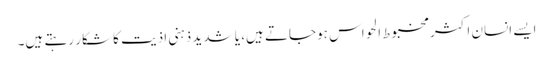
ایسے انسان اکثر مخبوط الحواس ہوجاتے ہیں، یا شدید ذہنی اذیت کا شکار رہتے ہیں۔